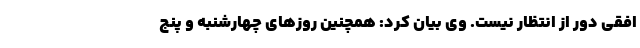
افقی دور از انتظار نیست. وی بیان کرد: همچنین روزهای چهارشنبه و پنج